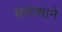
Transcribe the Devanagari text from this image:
यादेशाने